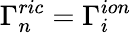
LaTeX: \Gamma_{n}^{ric}=\Gamma_{i}^{ion}